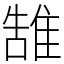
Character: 䧼